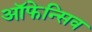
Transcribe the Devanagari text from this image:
ऑफेन्सिव